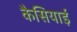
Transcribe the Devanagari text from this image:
कैसियाई